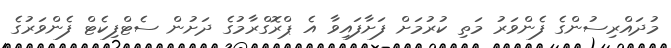
މުދައްރިސުންގެ ފެންވަރު މަތި ކުރުމަށް ފަށާފައިވާ އެ ޕްރޮގްރާމުގެ ދަށުން ސެޓްފިކެޓް ފެންވަރުގެ